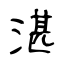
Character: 湛